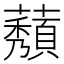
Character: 𬟒